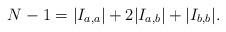
LaTeX: \begin{align*} N-1=|I_{a,a}|+2|I_{a,b}|+|I_{b,b}|. \end{align*}